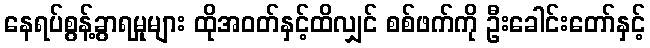
နေရပ်စွန့်ခွာရမှုများ ထိုအဝတ်နှင့်ထိလျှင် စစ်ဖက်ကို ဦးခေါင်းတော်နှင့်